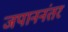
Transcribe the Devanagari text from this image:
जपाननंतर